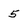
Character: 5